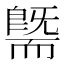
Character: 𰭯